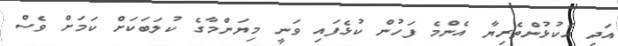
އަދި އެކުޅުންތެރިޔާ އެންމެ ފަހުން ކުޅެފައި ވަނީ މިޔަންމާގެ ކުލަބަކަށް ކަމަށް ވެސް